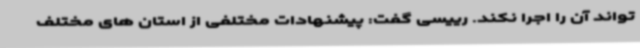
تواند آن را اجرا نکند. رییسی گفت: پیشنهادات مختلفی از استان های مختلف